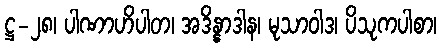
ဋ္ဌ-၂၈၊ ပါဏာဟိပါတ၊ အဒိန္နာဒါန၊ မုသာဝါဒ၊ ပိသုကပါစာ၊